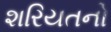
શરિયતનો